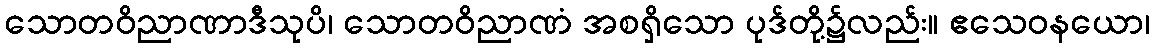
သောတဝိညာဏာဒီသုပိ၊ သောတဝိညာဏံ အစရှိသော ပုဒ်တို့၌လည်း။ ဧသေဝနယော၊